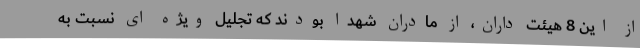
از این 8 هیئت داران، از مادران شهدا بودند که تجلیل ویژه ای نسبت به